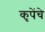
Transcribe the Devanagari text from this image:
कृपेंचे